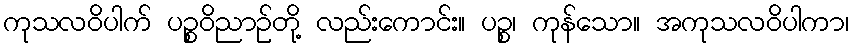
ကုသလဝိပါက် ပဉ္စဝိညာဉ်တို့ လည်းကောင်း။ ပဉ္စ၊ ကုန်သော။ အကုသလဝိပါကာ၊